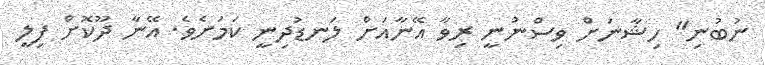
ނުބުނި" ހިޝާނަށް ވިސްނުނީ ރިވާ އޭނާއަށް ލަނޑުދިނީ ކަމަށެވެ. އޭނާ ދޫކޮށް ފިލީ